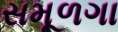
સમૂળગા